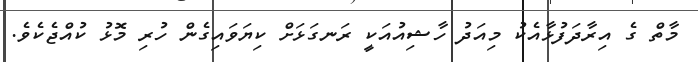
މާތް ގެ އިރާދަފުޅާއެކު މިއަދު ހާޝިއުއަކީ ރަނގަޅަށް ކިޔަވައިގެން ހުރި މޮޅު ކުއްޖެކެވެ.